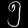
Digit: ၅